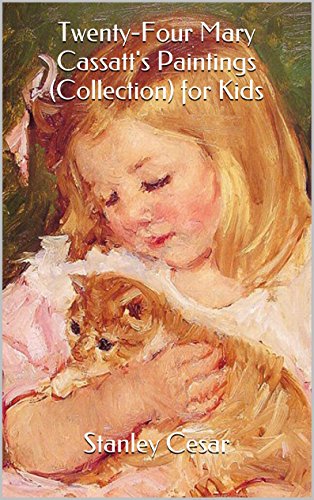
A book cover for Twenty-Four Mary Cassatt's Paintings (Collection) for Kids; Stanley Cesar; Sports & Outdoors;